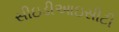
સીઇડીઆઇસીટી